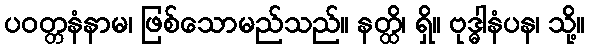
ပဝတ္တနံနာမ၊ ဖြစ်သောမည်သည်။ နတ္ထိ၊ ရှိ။ ဗုဒ္ဓါနံပန၊ သို့။